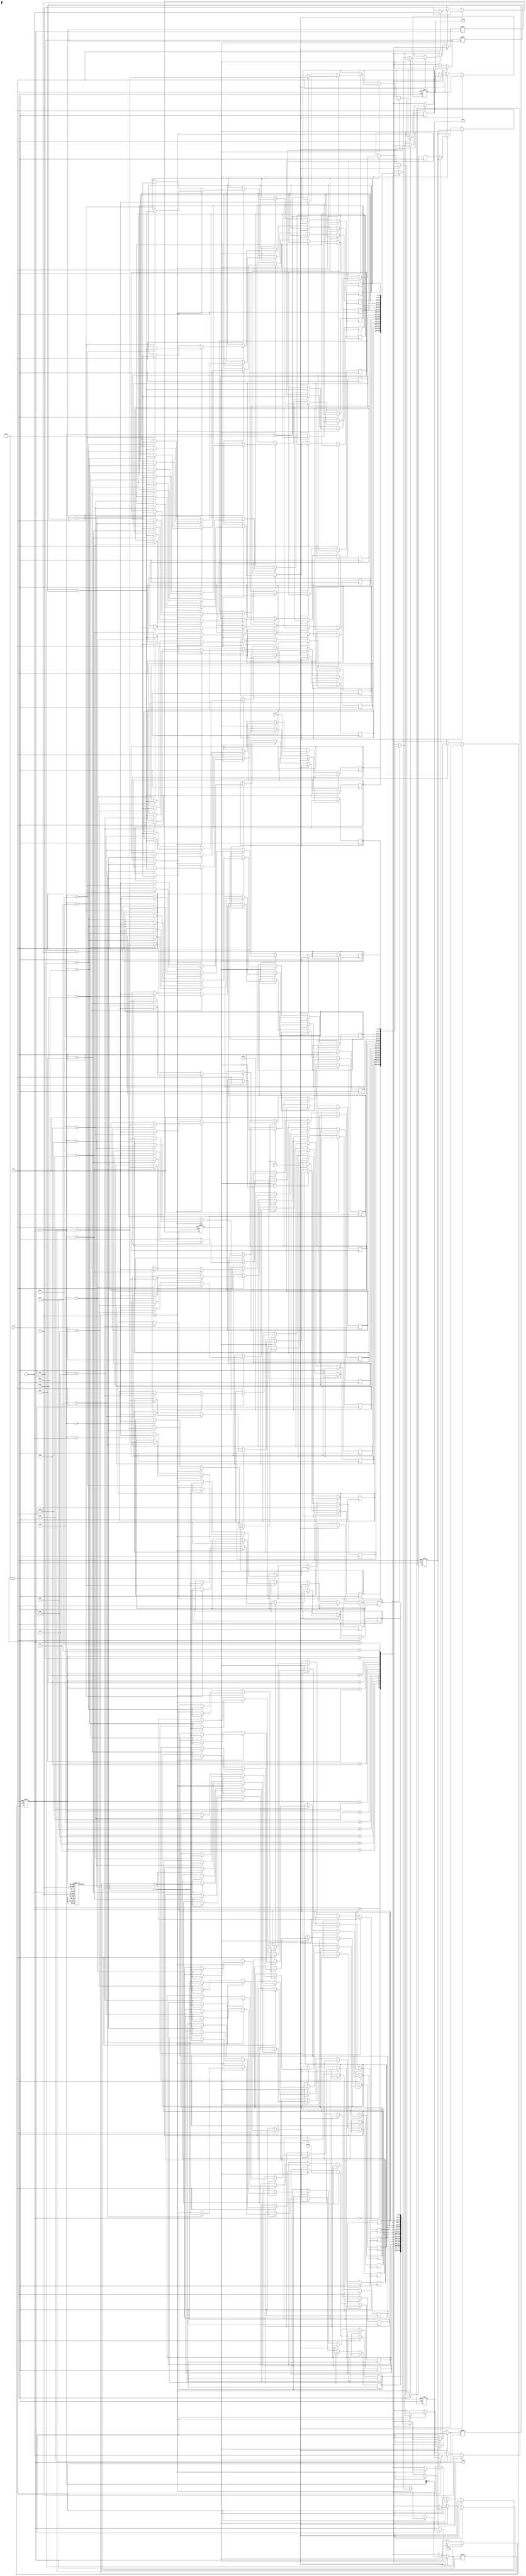
module pipeline_cordic (
    input wire clk,                  // Clock signal
    input wire rst,                  // Reset signal
    input wire [15:0] angle,         // Angle input in fixed-point format
    input wire [15:0] x_in,          // Initial X value
    input wire [15:0] y_in,          // Initial Y value
    input wire start,                // Start signal for computation
    output reg [15:0] x_out,         // Final X output
    output reg [15:0] y_out,         // Final Y output
    output reg done                  // Done signal
);

    // CORDIC parameters
    parameter NUM_ITERATIONS = 16;   // Number of iterations
    reg [15:0] angle_lut [0:NUM_ITERATIONS-1]; // Angle LUT
    reg [15:0] x [0:NUM_ITERATIONS]; // Pipeline registers for X
    reg [15:0] y [0:NUM_ITERATIONS]; // Pipeline registers for Y
    reg [15:0] theta [0:NUM_ITERATIONS]; // Pipeline registers for angles
    reg signed [15:0] z [0:NUM_ITERATIONS]; // Pipeline registers for direction/angle
    reg [3:0] stage;                  // Current stage index
    reg processing;                   // Processing flag

    // Initialize angle LUT (in fixed-point format)
    initial begin
        angle_lut[0] = 16'h26DD; // atan(2^-0)
        angle_lut[1] = 16'h1DAC; // atan(2^-1)
        angle_lut[2] = 16'h0FAD; // atan(2^-2)
        angle_lut[3] = 16'h07E4; // atan(2^-3)
        // ... Fill in the rest of LUT as needed
    end

    // Main processing block
    always @(posedge clk or posedge rst) begin
        if (rst) begin
            // Reset all outputs and registers
            x_out <= 0;
            y_out <= 0;
            done <= 0;
            stage <= 0;
            processing <= 0;
        end else if (start && !processing) begin
            // Start processing
            x[0] <= x_in;
            y[0] <= y_in;
            z[0] <= angle; // Initial angle
            stage <= 0;
            processing <= 1;
            done <= 0;
        end else if (processing) begin
            // CORDIC computation
            // Perform rotation based on CORDIC algorithm
            if (stage < NUM_ITERATIONS) begin
                if (z[stage] >= 0) begin
                    x[stage+1] <= x[stage] + (y[stage] >>> stage);
                    y[stage+1] <= y[stage] - (x[stage] >>> stage);
                    z[stage+1] <= z[stage] - angle_lut[stage];
                end else begin
                    x[stage+1] <= x[stage] - (y[stage] >>> stage);
                    y[stage+1] <= y[stage] + (x[stage] >>> stage);
                    z[stage+1] <= z[stage] + angle_lut[stage];
                end
                stage <= stage + 1;
            end else begin
                // Final stage output
                x_out <= x[NUM_ITERATIONS];
                y_out <= y[NUM_ITERATIONS];
                done <= 1;
                processing <= 0; // End processing
            end
        end
    end

endmodule